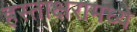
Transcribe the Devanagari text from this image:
हस्ताक्षरामध्ये